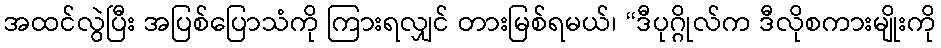
အထင်လွဲပြီး အပြစ်ပြောသံကို ကြားရလျှင် တားမြစ်ရမယ်၊ “ဒီပုဂ္ဂိုလ်က ဒီလိုစကားမျိုးကို